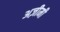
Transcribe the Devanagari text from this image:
अज़ीमी